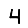
Digit: 4